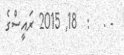
- .   :  18